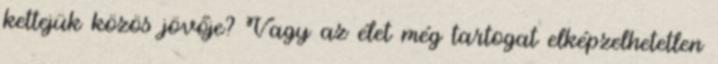
kettejük közös jövője? Vagy az élet még tartogat elképzelhetetlen